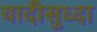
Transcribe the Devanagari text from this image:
यादीसुध्दा